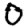
Digit: 0